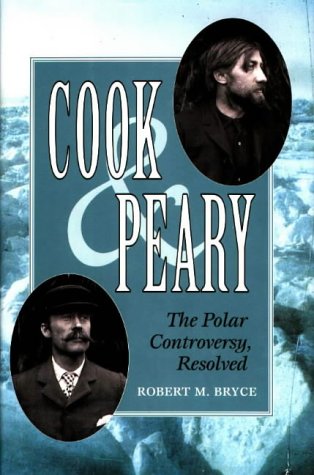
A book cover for Cook and Peary; Robert M. Bryce; History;